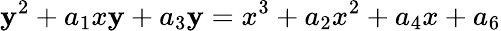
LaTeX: \mathbf{y}^{2}+a_{1}x\mathbf{y}+a_{3}\mathbf{y}=x^{3}+a_{2}x^{2}+a_{4}x+a_{6}